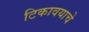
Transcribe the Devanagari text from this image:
टिकावयाचे